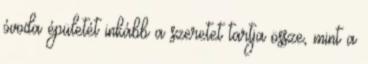
óvoda épületét inkább a szeretet tartja össze, mint a